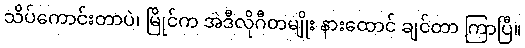
သိပ်ကောင်းတာပဲ၊ မြိုင်က အဲဒီလိုဂီတမျိုး နားထောင် ချင်တာ ကြာပြီ။